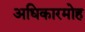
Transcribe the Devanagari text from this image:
अधिकारमोह